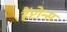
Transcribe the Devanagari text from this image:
हैंप्टोन्स